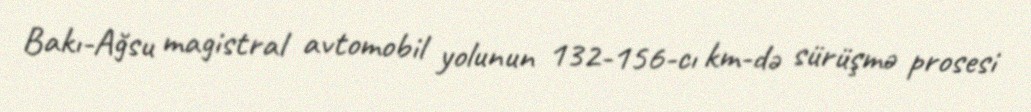
Bakı-Ağsu magistral avtomobil yolunun 132-156-cı km-də sürüşmə prosesi